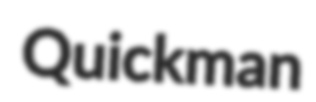
Quickman